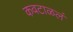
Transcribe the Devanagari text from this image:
कवटाळलं